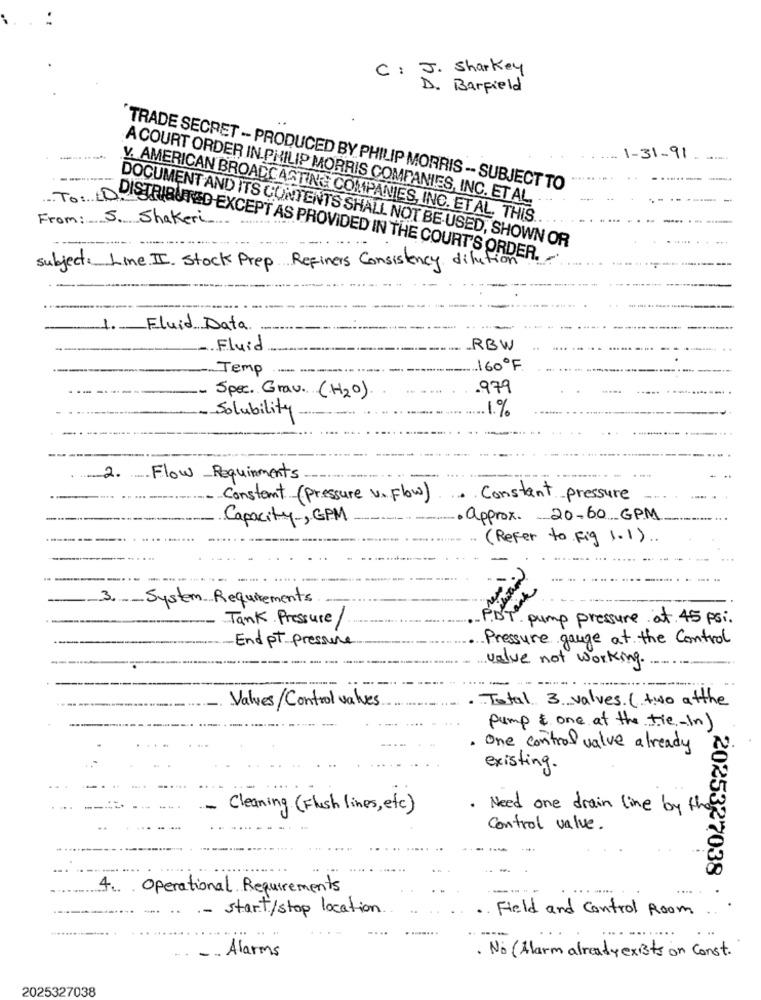
C: J. Sharkey
D . Barfield
....... .. ....
1-31-91
-------
"TRADE SECRET - PRODUCED BY PHILIP MORRIS -- SUBJECT TO
ACOURT ORDER IN PHILIP MORRIS COMPANIES, INC. ET AL.
From: 5. Shakeri
V. AMERICAN BROADCASTING COMPANIES, INC. ET AL. THIS
DOCUMENT AND ITS CONTENTS SHALL NOT BE USED, SHOWN OR
TO: DO SHOUTED EXCEPT AS PROVIDED IN THE COURT'S ORDER.
subject: Line II. Stock Prep Refiners Consistency dilution
1. Fluid Data.
Fluid
_RBW
Temp
160ºF.
.979
Spec. Grav. (H2º).
Solubility
1%
2.
Flow Requirements
constant (pressure v. Flow)
·Constant pressure
Capacity, GPM
· approx. 20-60 GPM
( Refer to Fig 1.1 ) .
-- --
3. - System Requirements.
-
Tank Pressure/
pump pressure at 45 psi.
End pt pressure
Pressure gauge at the Control
value not working.
-
· Total 3 values ( two ofthe
Values/ Control values
pump & one at the tie-in)
One control value already
existing.
- Cleaning ( Flush lines, etc)
· Need one drain line by the
Control value.
4. Operational Requirements
----
.- start/stop location
2025327038 .
· Field and Control Room
Alarms
. No ( Alarm already exists on Const.
2025327038